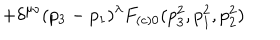
+ \delta ^ { \mu \nu } ( p _ { 3 } - p _ { 1 } ) ^ { \lambda } F _ { ( c ) 0 } ( p _ { 3 } ^ { 2 } , p _ { 1 } ^ { 2 } , p _ { 2 } ^ { 2 } )